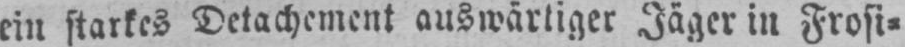
ein starkes Detachement auswärtiger Jäger in Frosi⸗